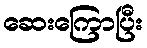
ဆေးကြောပြီး